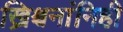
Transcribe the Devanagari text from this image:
ख्रिश्चनांनिही